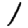
Digit: 1